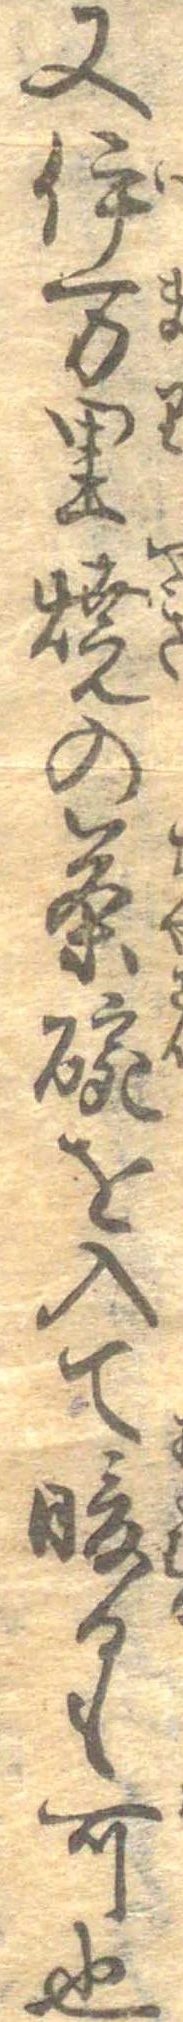
又伊万里焼の茶碗を入て暖るも可也